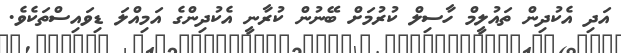
އަދި އެކުދިން ތައުލީމް ހާސިލް ކުރުމަށް ބޭނުން ކުރާނީ އެކުދިންގެ އަމިއްލަ ޑިވައިސްތަކެވެ.